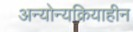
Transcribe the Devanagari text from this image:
अन्योन्यक्रियाहीन